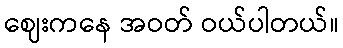
ဈေးကနေ အဝတ် ဝယ်ပါတယ်။